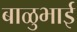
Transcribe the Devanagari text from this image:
बाळुभाई